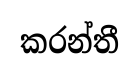
කරන්තී